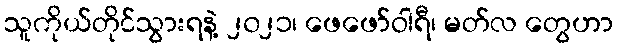
သူကိုယ်တိုင်သွားရနဲ့ ၂၀၂၁၊ ဖေဖော်ဝါရီ၊ မတ်လ တွေဟာ